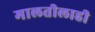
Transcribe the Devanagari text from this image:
मालतीलाही